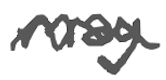
Text: may
Cross-out: wave
Writing tool: digital_gray